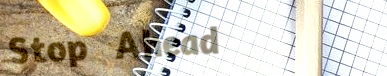
Stop Ahead